Madras plague regulations and rules for the city of Madras
Disease focus: Plague
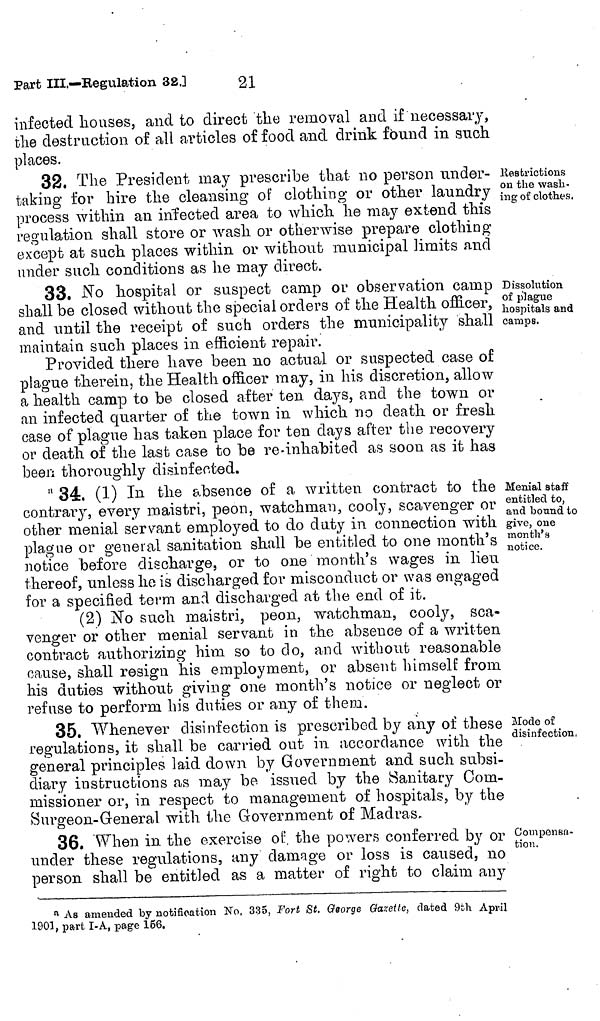
infected houses, and to direct the removal and if necessary,
the destruction of all articles of food and drink found in such
places.
Restrictions
on the wash-
ing of clothes,
32. The President may prescribe that no person under-
taking for hire the cleansing of clothing or other laundry
process within an infected area to which he may extend this
regulation shall store or wash or otherwise prepare clothing
except at such places within or without municipal limits and
under such conditions as he may direct.
Dissolution
of plague
hospitals and
camps.
38. No hospital or suspect camp or observation camp
shall be closed without the special orders of the Health officer,
and until the receipt of such orders the municipality shall
maintain such places in efficient repair.
Provided there have been no actual or suspected case of
plague therein, the Health officer may, in his discretion, allow
a health camp to be closed after ten days, and the town or
an infected quarter of the town in which no death or fresh
case of plague has taken place for ten days after the recovery
or death of the last case to be re-inhabited as soon as it has
been thoroughly disinfected.
Menial staff
entitled to,
and bound to
give, one
month's
notice.
34. (1) In the absence of a written contract to the
contrary, every maistri, peon, watchman, cooly, scavenger or
other menial servant employed to do duty in connection with
plague or general sanitation shall be entitled to one month's
notice before discharge, or to one month's wages in lieu
thereof, unless he is discharged for misconduct or was engaged
for a specified term and discharged at the end of it.
(2) No such maistri, peon, watchman, cooly, sca-
venger or other menial servant in the absence of a written
contract authorizing him so to do, and without reasonable
cause, shall resign his employment, or absent himself from
his duties without giving one month's notice or neglect or
refuse to perform his duties or any of them.
Mode of
disinfection,
35. Whenever disinfection is prescribed by any of these
regulations, it shall be carried out in accordance with the
general principles laid down, by Government and such subsi-
diary instructions as may be issued by the Sanitary Com-
missioner or, in respect to management of hospitals, by the
Surgeon-General with the Government of Madras,
Compensa-
tion.
36. When in the exercise of, the powers conferred by or
under these regulations, any damage or loss is caused, no
person shall be entitled as a matter of right to claim any
a As amended by notification No, 335, Fort St. George Gazette, dated 9th April
1001, part I-A, page 166.